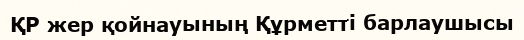
ҚР жер қойнауының Құрметті барлаушысы